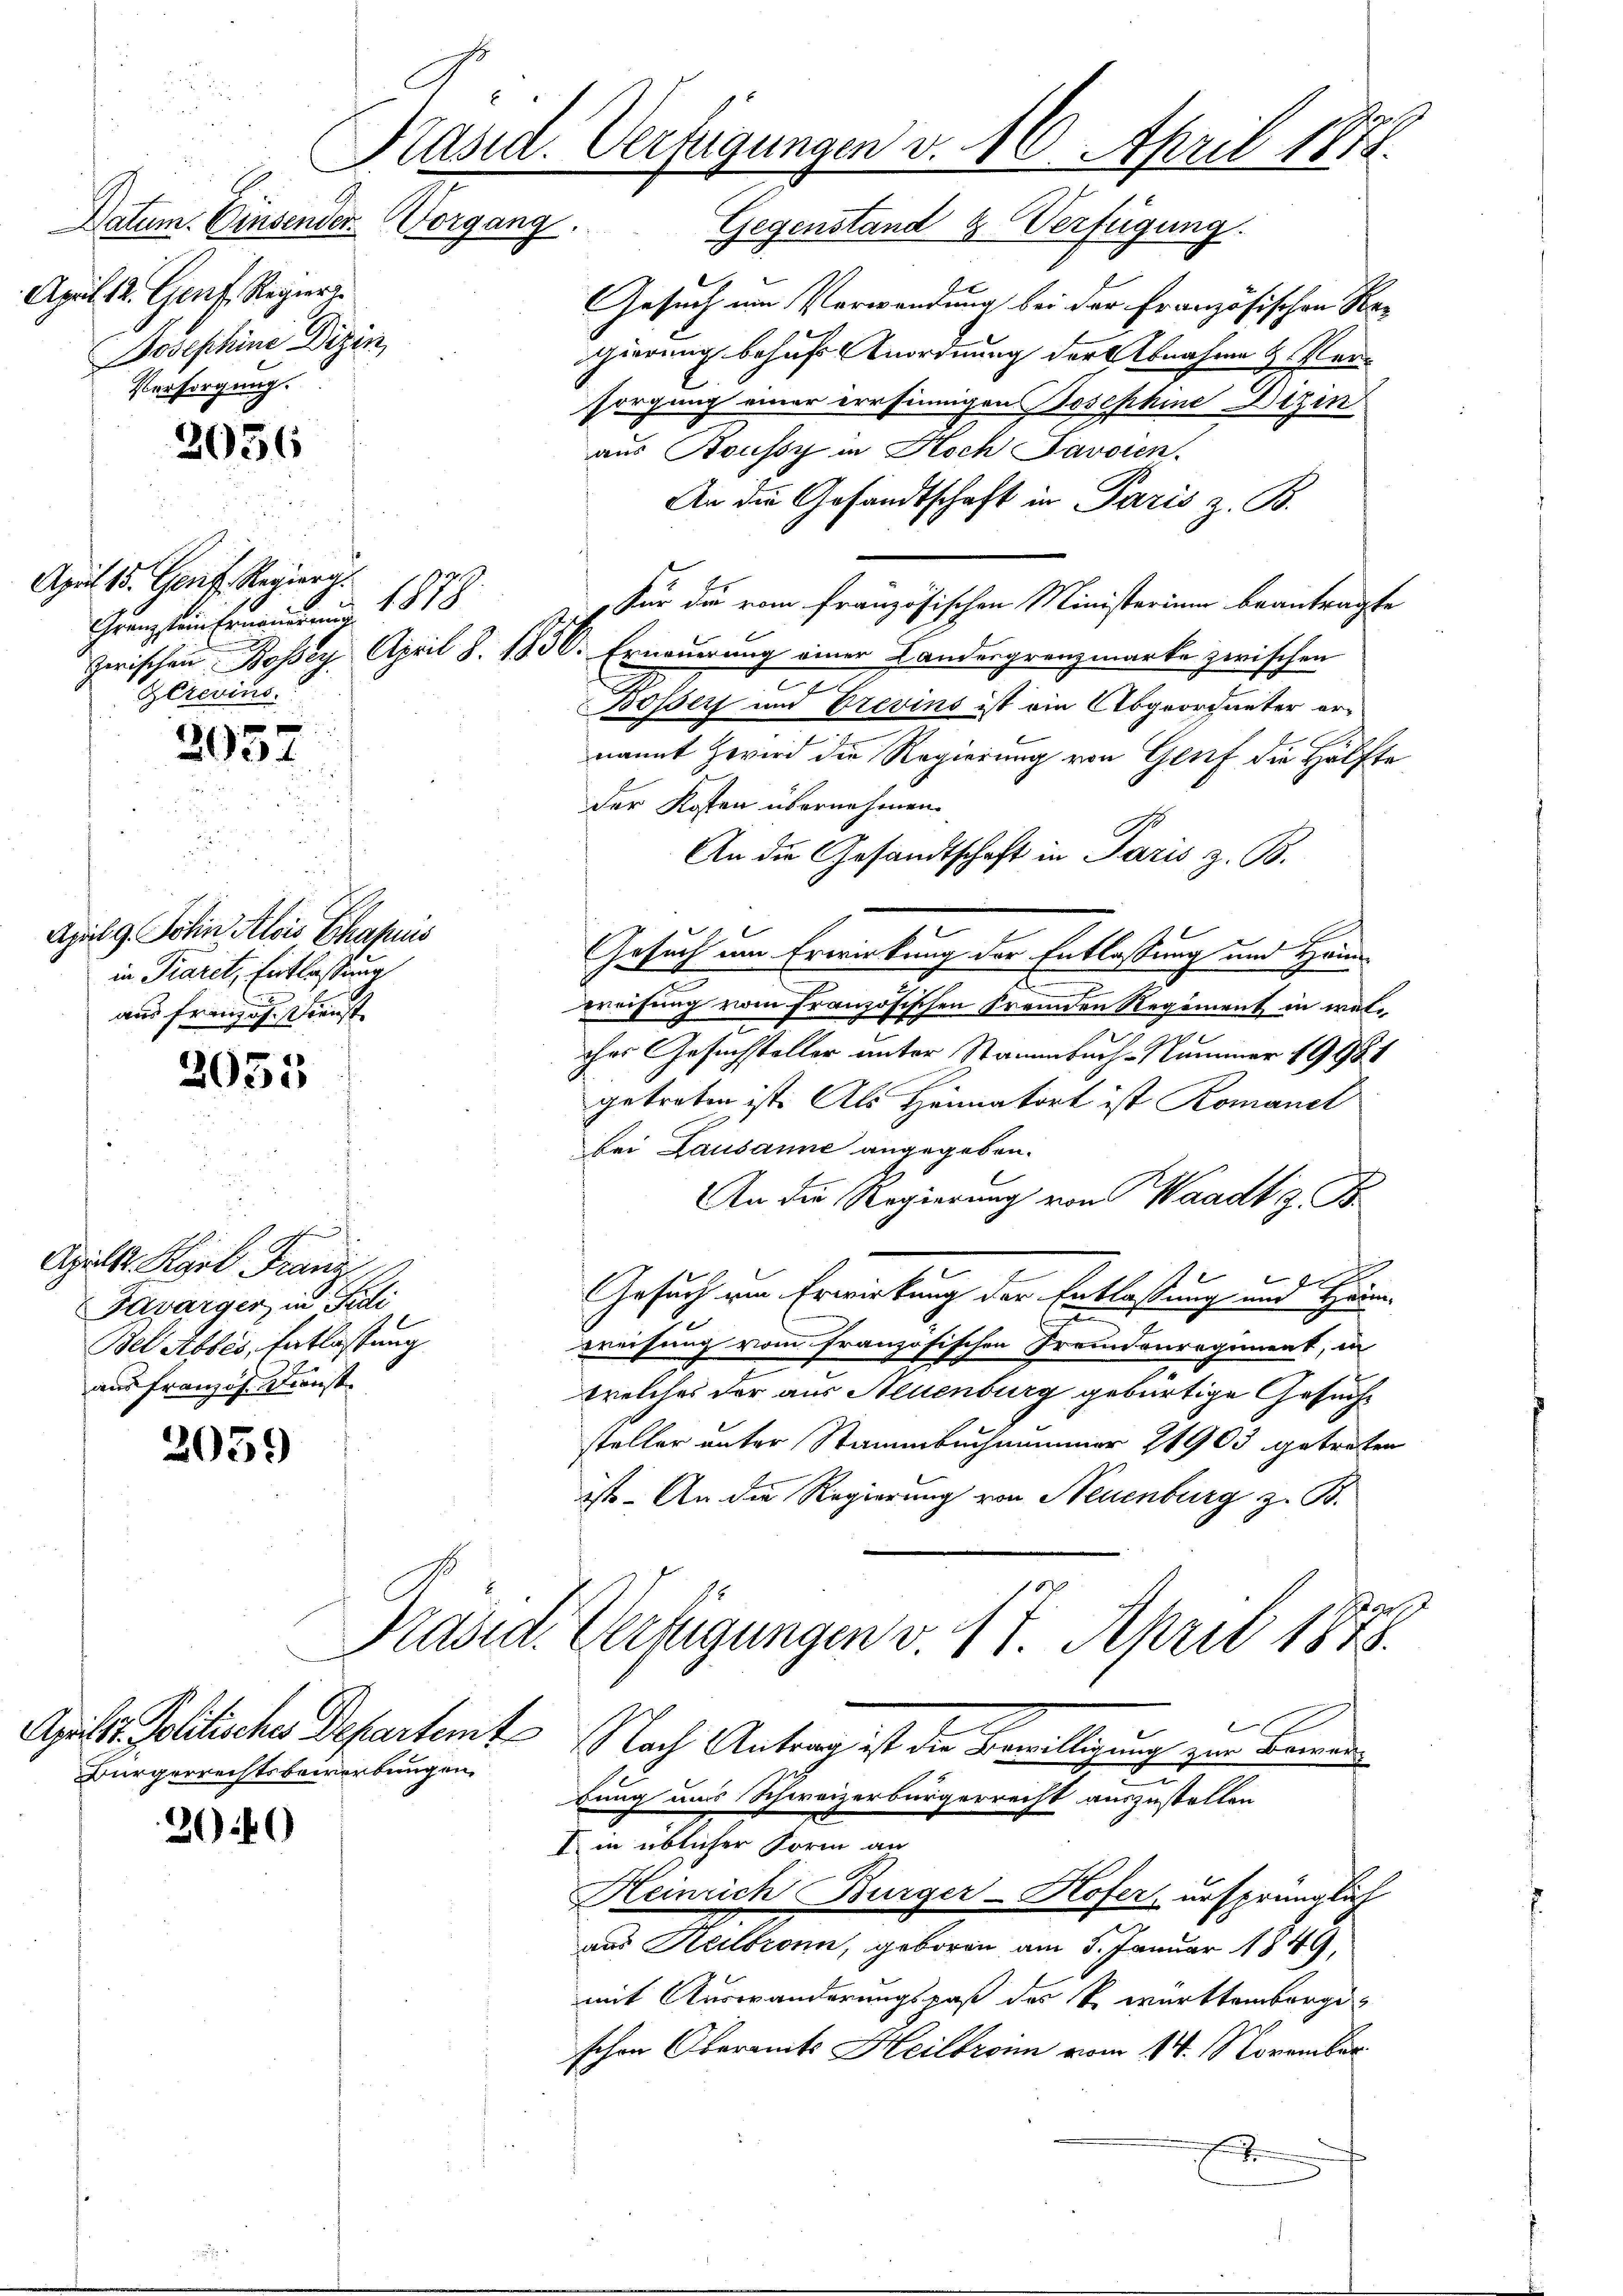
April 12. Gent, Regier
Josephine Diezin,
Versorgung.

2056

April 15. Genit. Regiera.
1878
Gränzten freund
Gerevine.

e
205 f

Apil 9. Sohn Alois Chassis
in Paret, Entlassung
aus freizig. Dienst

2035

.
Aprill. Karl Franz
Favarger in Fedi
Bet Abbes, Entlassung
aus französ. Dienst

2059

Bürgerrechtsbewerbungen

300

Präsid. Verfügungen v. 16. April 1878.

Datum. Einsender Vorgang. Gegenstand & Verfügung.
Er
Gesuch um Verwendung bei der Französischen Re-
gierung behufs Anordnung der Abnahme u. Neusorgung einer errsinnigen Josephine Dizin
aus Soussy in Noch Favoien.
An die Gesandtschaft in Paris z. B.
.. Für die vom französischen Ministerium beantragte
zerischen Bossey. April S. 1830. Erneuerung einer Landesgrenzmarke zwischen
.
m
Bossert und Trevins ist ein Abgeordneter ernannt Zwird die Regierung von Genf die Hälfte
der Kosten übernehmen.
An die Gesandtschaft in Paris z. B.
Gesuch um Erwirkung der Entlassung und Heim¬
2
weisung vom französischen Fremden Regiment in welohes Gesuchsteller unter Stammbuch-Nummer 1998. 1
getreten ist. Als Heimatort ist Romanet
bei Lausanne angegeben.
An die Regierung von Waadt z. B.
Gesuch von Erwirkung der Entlastung und Hein
e
preisung vom französischen Fremdenregiment, in
welches der aus Neuenburg gebürtige Gesuchsteller unter Stammbuchnammer 21903 getreten
ist. An die Regierung von Neuenburg z. B.
go
Präsid. Verfügungen v. 17. April 1875.
Aprils Politischer Departamt Nach Antrag ist der Bewilligung zur Bemer
bung uns Schweizerbürgerrecht auszustellen
I in üblicher Form an
Heinrich Burger-Hofer, ursprünglich
aas Heilbronn, geboren am 5. Januar 1849
mit Auswanderungsrat des k. württemberge
schen Oberamts Heilbroim vom 14. November
t